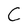
Character: C